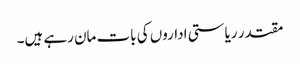
مقتدر ریاستی اداروں کی بات مان رہے ہیں۔